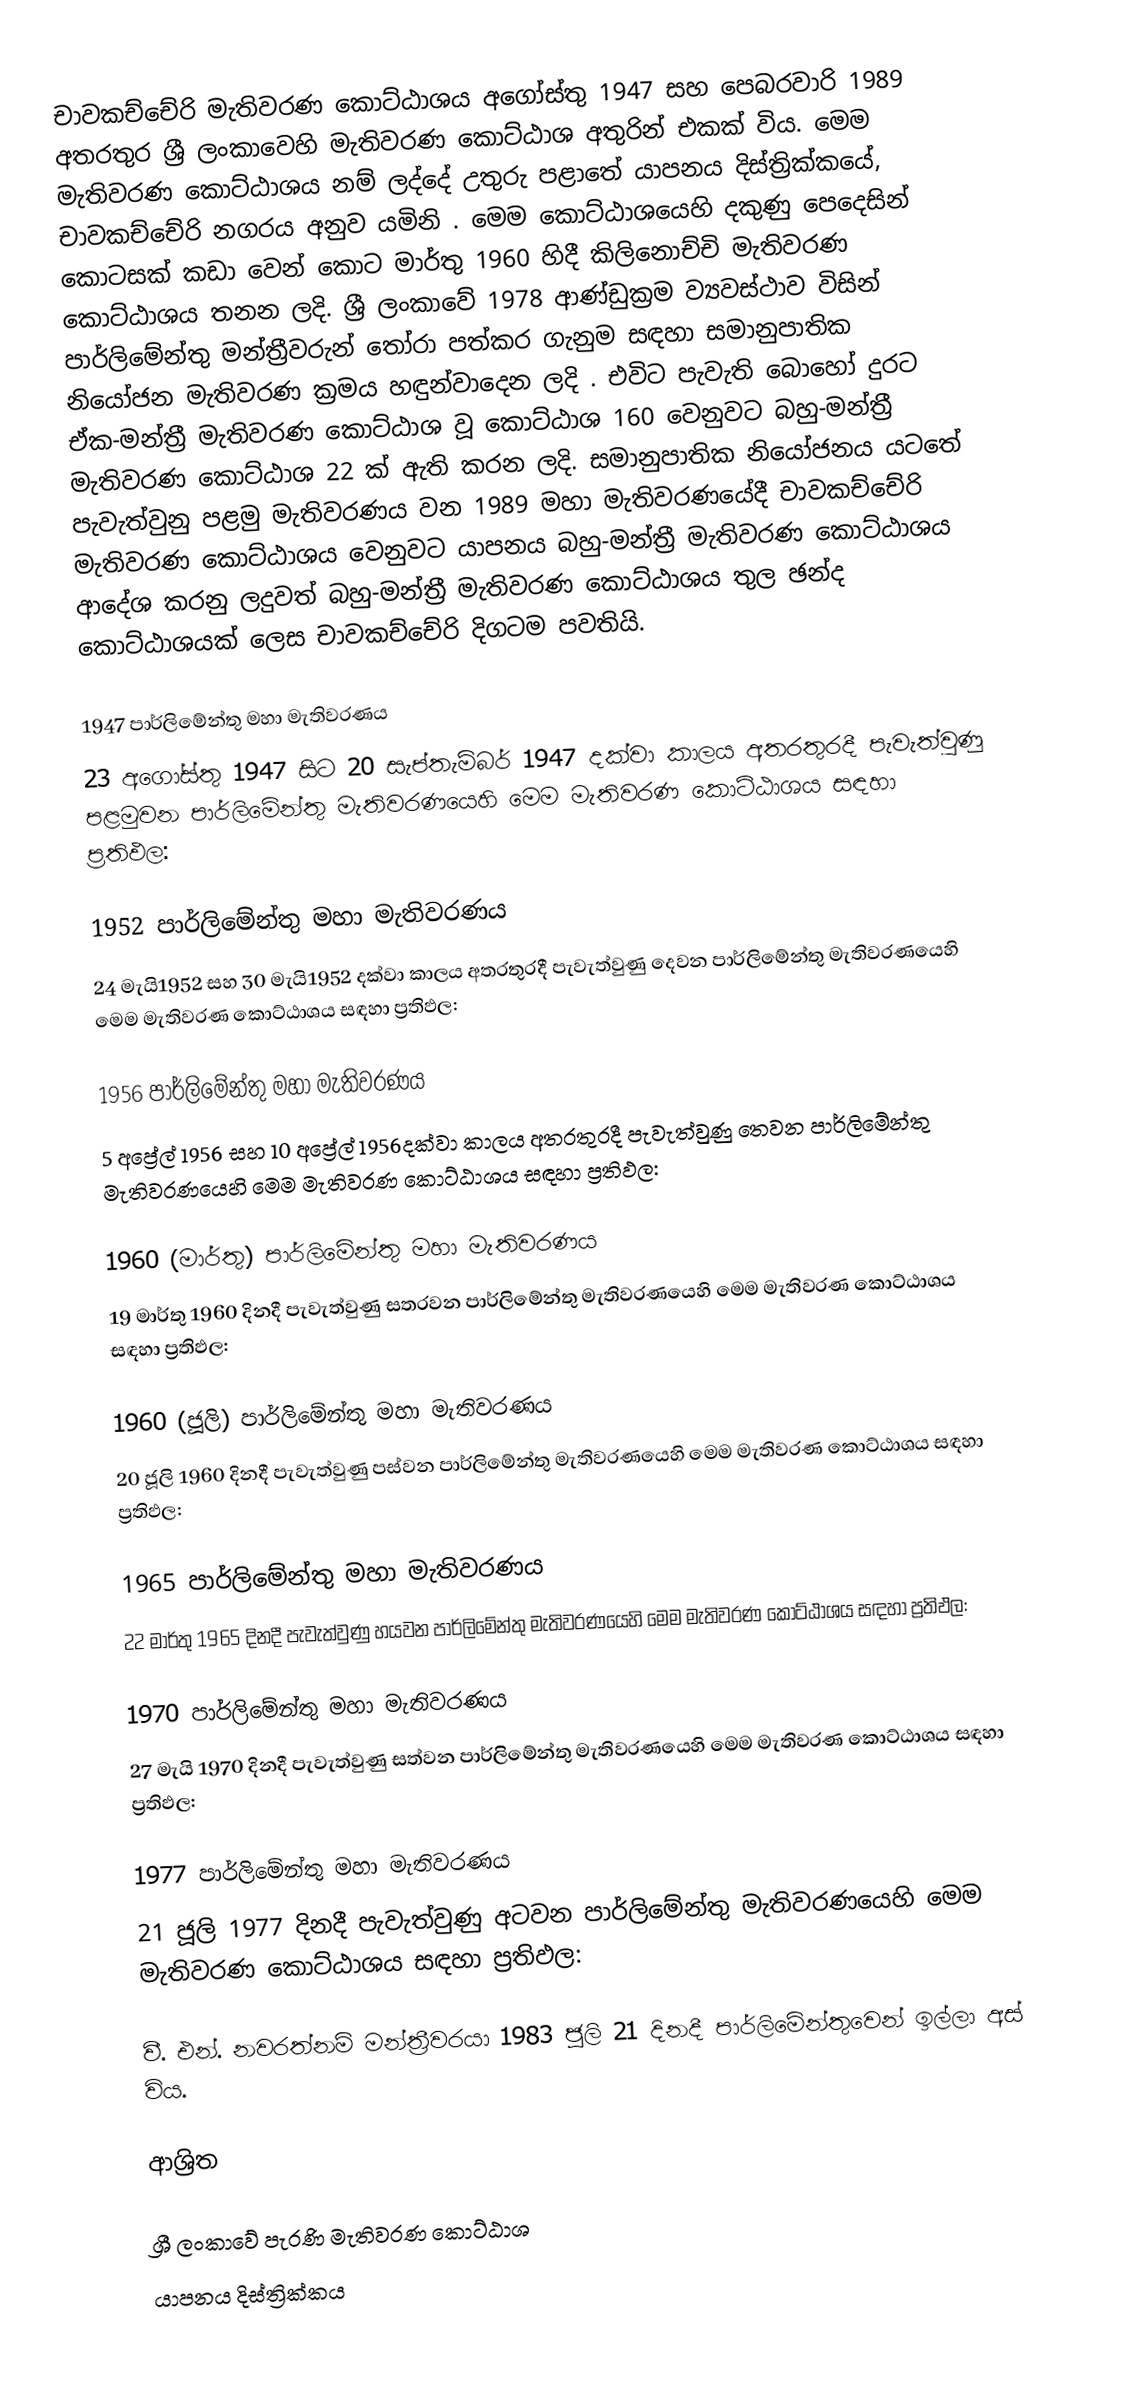
චාවකච්චේරි මැතිවරණ කොට්ඨාශය  අගෝස්තු 1947 සහ පෙබරවාරි 1989 අතරතුර  ශ්‍රී ලංකාවෙහි  මැතිවරණ කොට්ඨාශ අතුරින් එකක් විය. මෙම මැතිවරණ කොට්ඨාශය නම් ලද්දේ උතුරු පළාතේ  යාපනය දිස්ත්‍රික්කයේ,  චාවකච්චේරි නගරය අනුව යමිනි . මෙම කොට්ඨාශයෙහි දකුණු පෙදෙසින් කොටසක් කඩා වෙන් කොට මාර්තු 1960 හිදී කිලිනොච්චි මැතිවරණ කොට්ඨාශය තනන ලදි. ශ්‍රී ලංකාවේ 1978 ආණ්ඩුක්‍රම ව්‍යවස්ථාව විසින්   පාර්ලිමේන්තු මන්ත්‍රීවරුන් තෝරා පත්කර ගැනුම සඳහා සමානුපාතික නියෝජන මැතිවරණ ක්‍රමය හඳුන්වාදෙන ලදි . එවිට පැවැති බොහෝ දුරට  ඒක-මන්ත්‍රී මැතිවරණ කොට්ඨාශ වූ කොට්ඨාශ 160 වෙනුවට බහු-මන්ත්‍රී මැතිවරණ කොට්ඨාශ 22 ක් ඇති කරන ලදි. සමානුපාතික නියෝජනය යටතේ පැවැත්වුනු පළමු මැතිවරණය වන 1989 මහා මැතිවරණයේදී  චාවකච්චේරි මැතිවරණ කොට්ඨාශය වෙනුවට  යාපනය බහු-මන්ත්‍රී මැතිවරණ කොට්ඨාශය  ආදේශ කරනු ලදුවත් බහු-මන්ත්‍රී මැතිවරණ කොට්ඨාශය තුල ඡන්ද කොට්ඨාශයක් ලෙස චාවකච්චේරි දිගටම පවතියි.

1947 පාර්ලිමේන්තු මහා මැතිවරණය
23 අගෝස්තු 1947 සිට 20 සැප්තැම්බර් 1947 දක්වා කාලය අතරතුරදී පැවැත්වුණු පළමුවන පාර්ලිමේන්තු මැතිවරණයෙහි මෙම මැතිවරණ කොට්ඨාශය සඳහා ප්‍රතිඵල:

1952 පාර්ලිමේන්තු මහා මැතිවරණය
24 මැයි1952 සහ 30 මැයි1952 දක්වා කාලය අතරතුරදී පැවැත්වුණු දෙවන පාර්ලිමේන්තු මැතිවරණයෙහි මෙම මැතිවරණ කොට්ඨාශය සඳහා ප්‍රතිඵල:

1956 පාර්ලිමේන්තු මහා මැතිවරණය
5 අප්‍රේල් 1956 සහ 10 අප්‍රේල් 1956දක්වා කාලය අතරතුරදී පැවැත්වුණු තෙවන පාර්ලිමේන්තු මැතිවරණයෙහි මෙම මැතිවරණ කොට්ඨාශය සඳහා ප්‍රතිඵල:

1960 (මාර්තු) පාර්ලිමේන්තු මහා මැතිවරණය
19 මාර්තු 1960 දිනදී පැවැත්වුණු සතරවන පාර්ලිමේන්තු මැතිවරණයෙහි මෙම මැතිවරණ කොට්ඨාශය සඳහා ප්‍රතිඵල:

1960 (ජූලි) පාර්ලිමේන්තු මහා මැතිවරණය
20 ජූලි 1960 දිනදී පැවැත්වුණු පස්වන පාර්ලිමේන්තු මැතිවරණයෙහි මෙම මැතිවරණ කොට්ඨාශය සඳහා ප්‍රතිඵල:

1965 පාර්ලිමේන්තු මහා මැතිවරණය
22 මාර්තු 1965  දිනදී පැවැත්වුණු හයවන පාර්ලිමේන්තු මැතිවරණයෙහි මෙම මැතිවරණ කොට්ඨාශය සඳහා ප්‍රතිඵල:

1970 පාර්ලිමේන්තු මහා මැතිවරණය
27 මැයි 1970 දිනදී පැවැත්වුණු සත්වන පාර්ලිමේන්තු මැතිවරණයෙහි මෙම මැතිවරණ කොට්ඨාශය සඳහා ප්‍රතිඵල:

1977 පාර්ලිමේන්තු මහා මැතිවරණය
21 ජූලි 1977 දිනදී පැවැත්වුණු අටවන පාර්ලිමේන්තු මැතිවරණයෙහි මෙම මැතිවරණ කොට්ඨාශය සඳහා ප්‍රතිඵල:

වී. එන්. නවරත්නම් මන්ත්‍රීවරයා 1983 ජූලි 21 දිනදී පාර්ලිමේන්තුවෙන් ඉල්ලා අස් විය.

ආශ්‍රිත

ශ්‍රී ලංකාවේ පැරණි මැතිවරණ කොට්ඨාශ
යාපනය දිස්ත්‍රික්කය